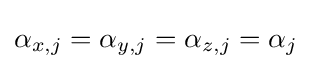
\alpha _{x,j}=\alpha _{y,j}=\alpha _{z,j}=\alpha _{j}